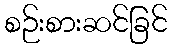
စဉ်းစားဆင်ခြင်